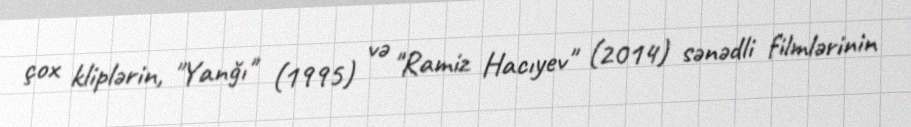
çox kliplərin, "Yanğı" (1995) və "Ramiz Hacıyev" (2014) sənədli filmlərinin